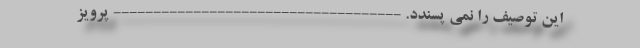
این توصیف را نمی پسندد. ------------------------------------ پرویز